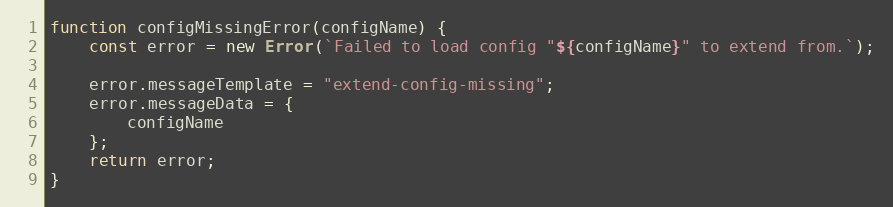
Language: JavaScript
function configMissingError(configName) {
    const error = new Error(`Failed to load config "${configName}" to extend from.`);

    error.messageTemplate = "extend-config-missing";
    error.messageData = {
        configName
    };
    return error;
}